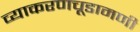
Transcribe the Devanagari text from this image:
व्याकरणचूडामणी